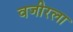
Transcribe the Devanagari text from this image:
वजीरला